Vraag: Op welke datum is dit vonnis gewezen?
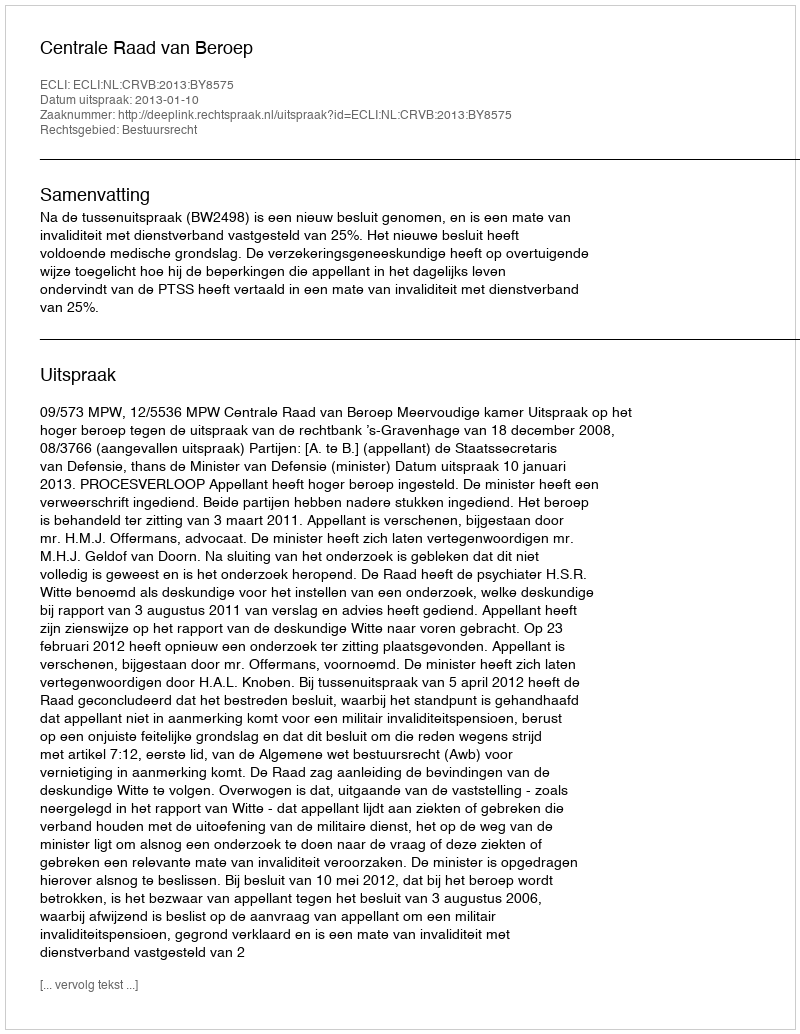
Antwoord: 2013-01-10